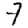
Digit: 7